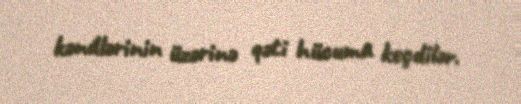
kəndlərinin üzərinə qəti hücuma keçdilər.